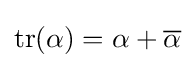
\mathrm {tr} (\alpha )=\alpha +{\overline {\alpha }}